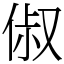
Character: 俶